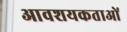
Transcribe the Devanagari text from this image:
आवशयकताओं